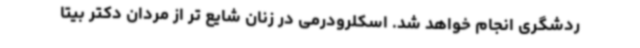
ردشگری انجام خواهد شد. اسکلرودرمی در زنان شایع تر از مردان دکتر بیتا